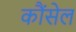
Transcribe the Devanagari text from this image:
कौंसेल